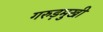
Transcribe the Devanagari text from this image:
गरुड़मुखी